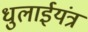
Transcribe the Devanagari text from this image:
धुलाईयंत्र